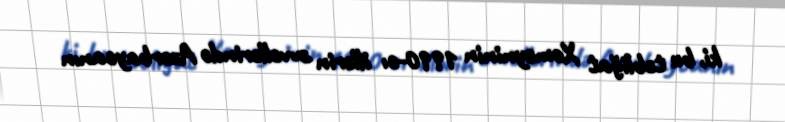
ki, bu təbliğat Xomeyninin 1990-cı illərin əvvəllərində Azərbaycanın